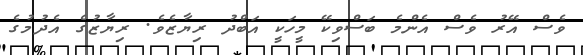
ވެސް އޭރު ވެސް އެންމެ ބަސްވިކޭ މީހަކީ އަބްދު ރިޔާޒެވެ. ރިޔާޒުގެ އެދުމުގެ